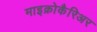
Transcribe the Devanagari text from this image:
माइक्रोकैरिअर